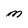
Character: M